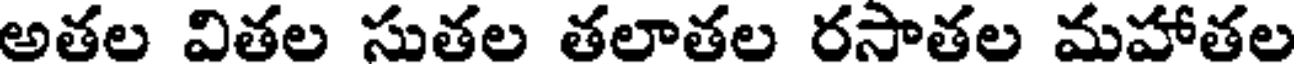
అతల వితల సుతల తలాతల రసాతల మహాతల